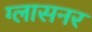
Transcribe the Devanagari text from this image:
ग्लासनर